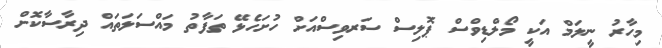
މިހާރު ނީލަމް އަކީ މޯލްޑިވްސް ޕޮލިސް ސަރވިސްއަށް ހުށަހެޅޭ ތަފާތު މައްސަލަތައް ދިރާސާކޮށް